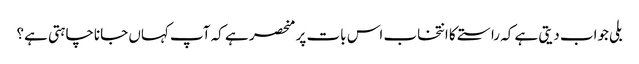
بلی جواب دیتی ہے کہ راستے کا انتخاب اس بات پر منحصر ہے کہ آپ کہاں جاناچاہتی ہے؟